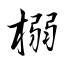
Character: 榒